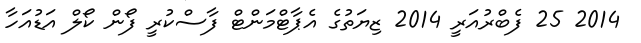
2014 25 ފެބްރުއަރީ 2014 ޒިޔަތުގެ އެޕާޓްމަންޓް ފާސްކުރީ ފޯން ކޯލް އަޑުއަހާ